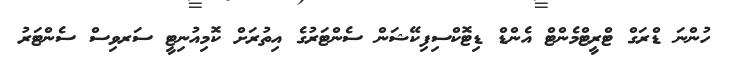
ހުންނަ ޑްރަގް ޓްރީޓްމެންޓް އެންޑް ޑިޓޮކްސިފިކޭޝަން ސެންޓަރުގެ އިތުރަށް ކޮމިއުނިޓީ ސަރވިސް ސެންޓަރު